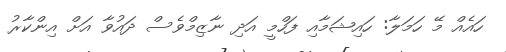
ހައެއް މޭ ހަމަލާ: ހައިޝަމާއި ފަހްމީ އަދި ނާޒިމްވެސް ދައުވާ އަށް އިންކާރު